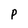
Character: P